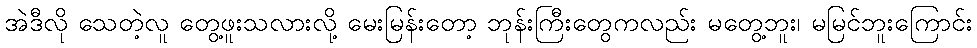
အဲဒီလို သေတဲ့လူ တွေ့ဖူးသလားလို့ မေးမြန်းတော့ ဘုန်းကြီးတွေကလည်း မတွေ့ဘူး၊ မမြင်ဘူးကြောင်း